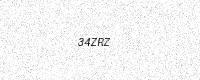
Text: 34ZRZ